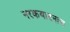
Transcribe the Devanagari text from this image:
नरकयातनाच